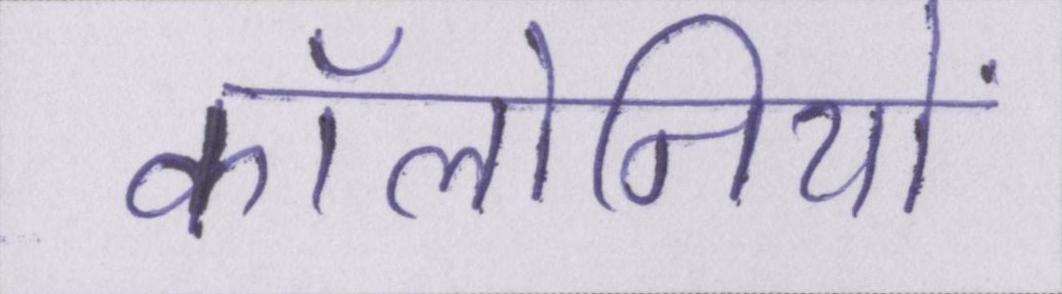
कॉलोनियों